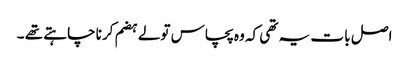
اصل با ت یہ تھی کہ وہ پچاس تولے ہضم کرنا چاہتے تھے ۔